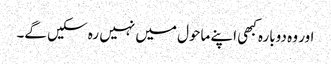
اور وہ دوبارہ کبھی اپنے ماحول میں نہیں رہ سکیں گے۔